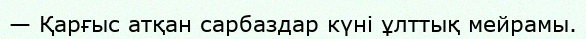
— Қарғыс атқан сарбаздар күні ұлттық мейрамы.